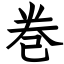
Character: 巻